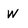
Character: W